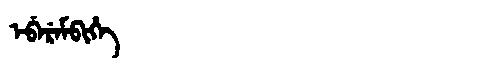
Manchu: ᡝᠪᡝᡵᡝᠮᠪᡳᡥᡝ
Romanization: EBEREMBIHE